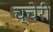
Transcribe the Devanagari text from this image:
च्चेरी